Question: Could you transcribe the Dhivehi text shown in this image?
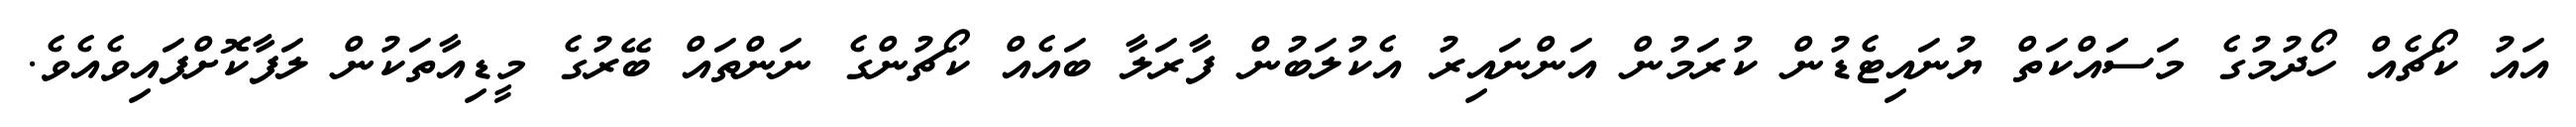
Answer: އައު ކޯޗެއް ހޯދުމުގެ މަސަައްކަތް ޔުނައިޓެޑުން ކުރަމުން އަންނައިރު އެކުލަބުން ފާރަލާ ބައެއް ކޯޗުންގެ ނަންތައް ބޭރުގެ މީޑިއާތަކުން ލަފާކޮށްފައިވެއެވެ.